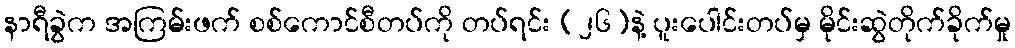
နာရီခွဲက အကြမ်းဖက် စစ်ကောင်စီတပ်ကို တပ်ရင်း (၂၆)နဲ့ ပူးပေါင်းတပ်မှ မိုင်းဆွဲတိုက်ခိုက်မှု